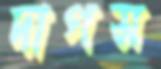
দাগস